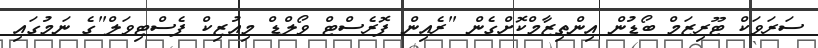
ސަރަވަކް ޓޫރިޒަމް ބޯޑުން އިންތިޒާމްކޮށްގެން "ރެއިން ފޮރެސްޓް ވޯލްޑް މިއުޒިކް ފެސްޓިވަލް"ގެ ނަމުގައި